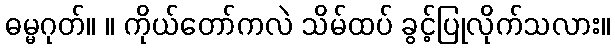
ဓမ္မဂုတ်။ ။ ကိုယ်တော်ကလဲ သိမ်ထပ် ခွင့်ပြုလိုက်သလား။